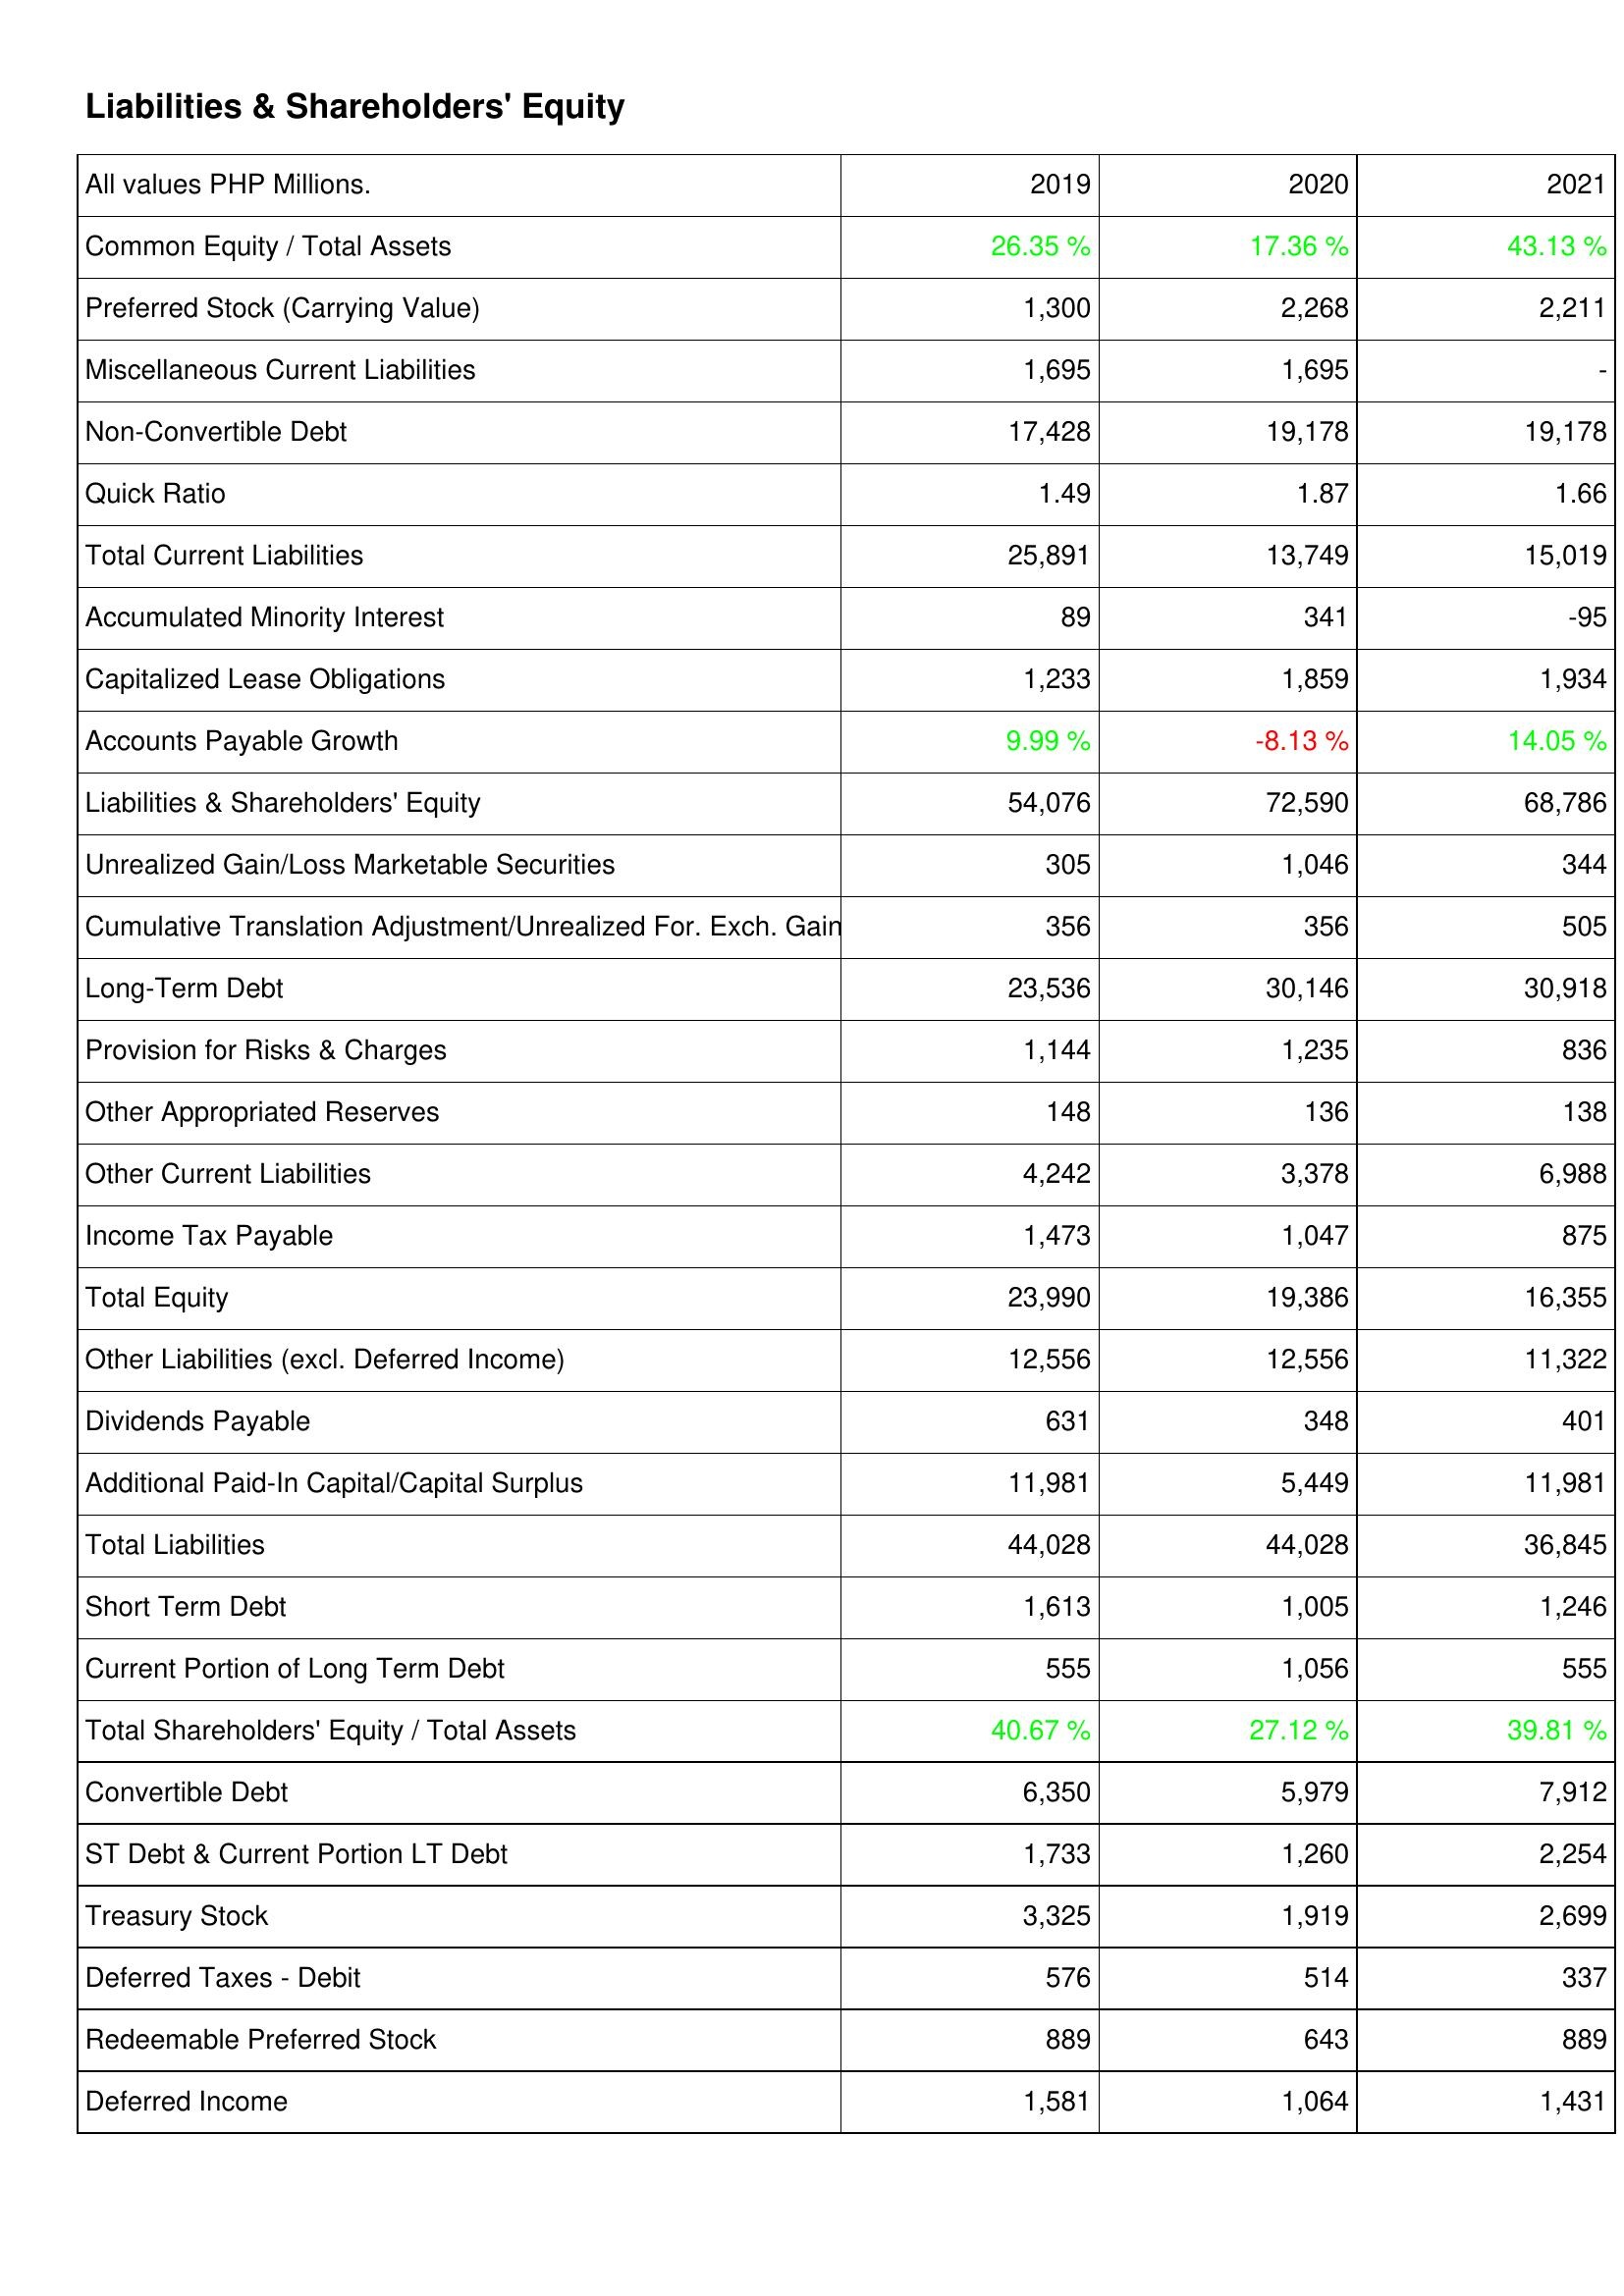
2019: Liabilities & Shareholders' Equity: Common Equity / Total Assets: 26.35 %
Preferred Stock (Carrying Value): 1,300
Miscellaneous Current Liabilities: 1,695
Non-Convertible Debt: 17,428
Quick Ratio: 1.49
Total Current Liabilities: 25,891
Accumulated Minority Interest: 89
Capitalized Lease Obligations: 1,233
Accounts Payable Growth: 9.99 %
Liabilities & Shareholders' Equity: 54,076
Unrealized Gain/Loss Marketable Securities: 305
Cumulative Translation Adjustment/Unrealized For. Exch. Gain: 356
Long-Term Debt: 23,536
Provision for Risks & Charges: 1,144
Other Appropriated Reserves: 148
Other Current Liabilities: 4,242
Income Tax Payable: 1,473
Total Equity: 23,990
Other Liabilities (excl. Deferred Income): 12,556
Dividends Payable: 631
Additional Paid-In Capital/Capital Surplus: 11,981
Total Liabilities: 44,028
Short Term Debt: 1,613
Current Portion of Long Term Debt: 555
Total Shareholders' Equity / Total Assets: 40.67 %
Convertible Debt: 6,350
ST Debt & Current Portion LT Debt: 1,733
Treasury Stock: 3,325
Deferred Taxes - Debit: 576
Redeemable Preferred Stock: 889
Deferred Income: 1,581
2020: Liabilities & Shareholders' Equity: Common Equity / Total Assets: 17.36 %
Preferred Stock (Carrying Value): 2,268
Miscellaneous Current Liabilities: 1,695
Non-Convertible Debt: 19,178
Quick Ratio: 1.87
Total Current Liabilities: 13,749
Accumulated Minority Interest: 341
Capitalized Lease Obligations: 1,859
Accounts Payable Growth: -8.13 %
Liabilities & Shareholders' Equity: 72,590
Unrealized Gain/Loss Marketable Securities: 1,046
Cumulative Translation Adjustment/Unrealized For. Exch. Gain: 356
Long-Term Debt: 30,146
Provision for Risks & Charges: 1,235
Other Appropriated Reserves: 136
Other Current Liabilities: 3,378
Income Tax Payable: 1,047
Total Equity: 19,386
Other Liabilities (excl. Deferred Income): 12,556
Dividends Payable: 348
Additional Paid-In Capital/Capital Surplus: 5,449
Total Liabilities: 44,028
Short Term Debt: 1,005
Current Portion of Long Term Debt: 1,056
Total Shareholders' Equity / Total Assets: 27.12 %
Convertible Debt: 5,979
ST Debt & Current Portion LT Debt: 1,260
Treasury Stock: 1,919
Deferred Taxes - Debit: 514
Redeemable Preferred Stock: 643
Deferred Income: 1,064
2021: Liabilities & Shareholders' Equity: Common Equity / Total Assets: 43.13 %
Preferred Stock (Carrying Value): 2,211
Miscellaneous Current Liabilities: -
Non-Convertible Debt: 19,178
Quick Ratio: 1.66
Total Current Liabilities: 15,019
Accumulated Minority Interest: -95
Capitalized Lease Obligations: 1,934
Accounts Payable Growth: 14.05 %
Liabilities & Shareholders' Equity: 68,786
Unrealized Gain/Loss Marketable Securities: 344
Cumulative Translation Adjustment/Unrealized For. Exch. Gain: 505
Long-Term Debt: 30,918
Provision for Risks & Charges: 836
Other Appropriated Reserves: 138
Other Current Liabilities: 6,988
Income Tax Payable: 875
Total Equity: 16,355
Other Liabilities (excl. Deferred Income): 11,322
Dividends Payable: 401
Additional Paid-In Capital/Capital Surplus: 11,981
Total Liabilities: 36,845
Short Term Debt: 1,246
Current Portion of Long Term Debt: 555
Total Shareholders' Equity / Total Assets: 39.81 %
Convertible Debt: 7,912
ST Debt & Current Portion LT Debt: 2,254
Treasury Stock: 2,699
Deferred Taxes - Debit: 337
Redeemable Preferred Stock: 889
Deferred Income: 1,431